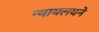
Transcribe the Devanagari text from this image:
न्यायलयने